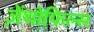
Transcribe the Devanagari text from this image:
ज़ेंथोफिल्स